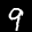
Label: 9